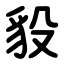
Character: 䝘